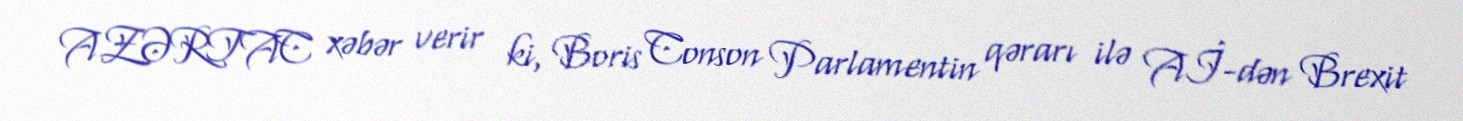
AZƏRTAC xəbər verir ki, Boris Conson Parlamentin qərarı ilə Aİ-dən Brexit